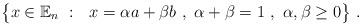
LaTeX: \begin{align*}\big\{x\in \mathbb{E}_n \ : \ \ x=\alpha a + \beta b \ , \ \alpha + \beta =1 \ , \ \alpha,\beta \ge 0\big\}\ .\end{align*}